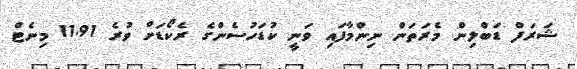
ޝަރަފް ޑަބްލިން މެރަތަން ނިންމާފައި ވަނީ ކުޑަހުސެންގެ ރެކޯޑަށް ވުރެ 11.91 މިނެޓް